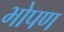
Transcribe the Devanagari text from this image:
भोपण